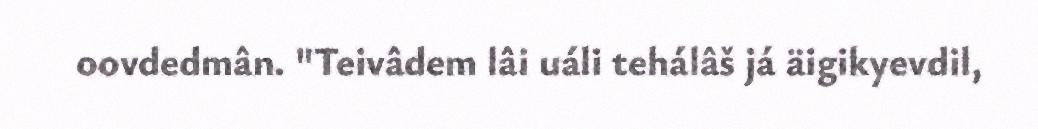
oovdedmân. "Teivâdem lâi uáli tehálâš já äigikyevdil,